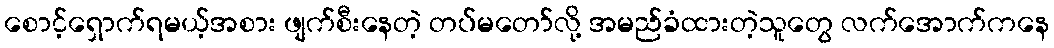
စောင့်ရှောက်ရမယ့်အစား ဖျက်စီးနေတဲ့ တပ်မတော်လို့ အမည်ခံထားတဲ့သူတွေ လက်အောက်ကနေ